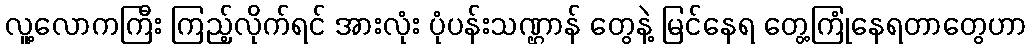
လူ့လောကကြီး ကြည့်လိုက်ရင် အားလုံး ပုံပန်းသဏ္ဌာန် တွေနဲ့ မြင်နေရ တွေ့ကြုံနေရတာတွေဟာ